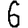
Digit: 6